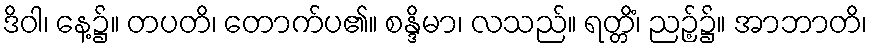
ဒိဝါ၊ နေ့၌။ တပတိ၊ တောက်ပ၏။ စန္ဒိမာ၊ လသည်။ ရတ္တိံ၊ ညဉ့်၌။ အာဘာတိ၊